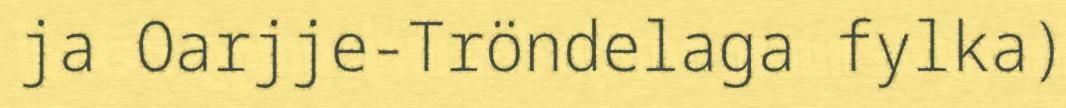
ja Oarjje-Tröndelaga fylka)